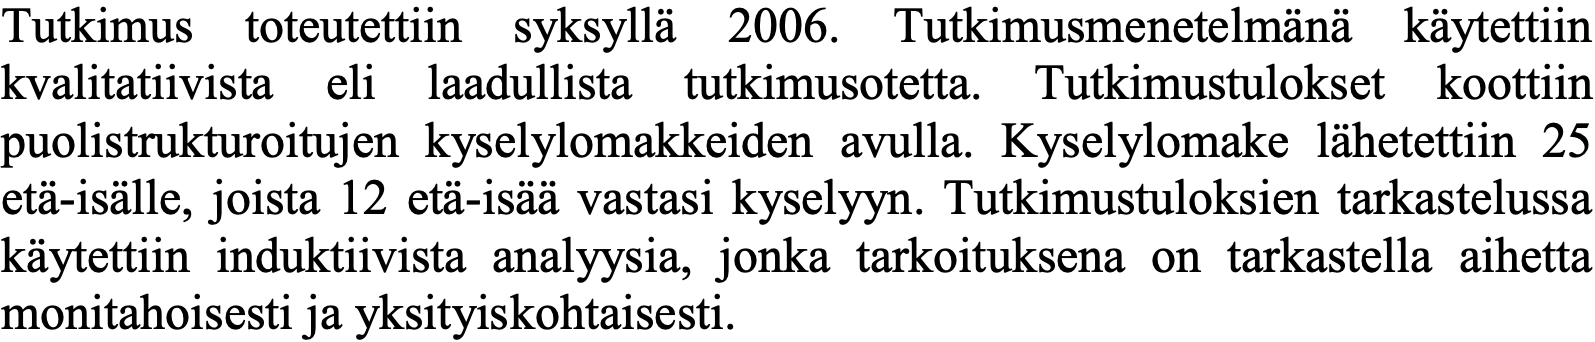
Tutkimus toteutettiin syksyllä 2006. Tutkimusmenetelmänä käytettiin kvalitatiivista eli laadullista tutkimusotetta. Tutkimustulokset koottiin puolistrukturoitujen kyselylomakkeiden avulla. Kyselylomake lähetettiin 25 etä-isälle, joista 12 etä-isää vastasi kyselyyn. Tutkimustuloksien tarkastelussa käytettiin induktiivista analyysia, jonka tarkoituksena on tarkastella aihetta monitahoisesti ja yksityiskohtaisesti.